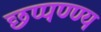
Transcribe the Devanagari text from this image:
छप्पण्ण्य